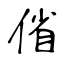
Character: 偗